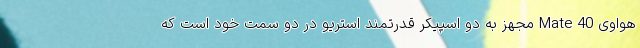
هواوی Mate 40 مجهز به دو اسپیکر قدرتمند استریو در دو سمت خود است که